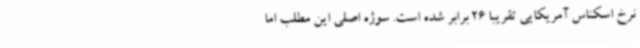
نرخ اسکناس آمریکایی تقریبا 26 برابر شده است. سوژه اصلی این مطلب اما